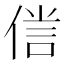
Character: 𠋜